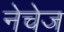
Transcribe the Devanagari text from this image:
नेचेज